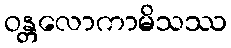
ဝန္တလောကာမိသဿ